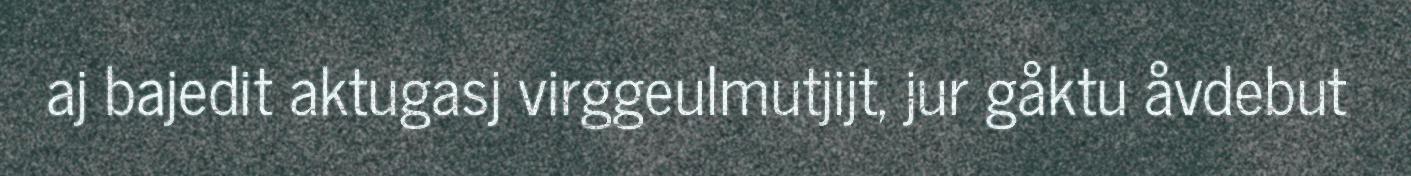
aj bajedit aktugasj virggeulmutjijt, jur gåktu åvdebut